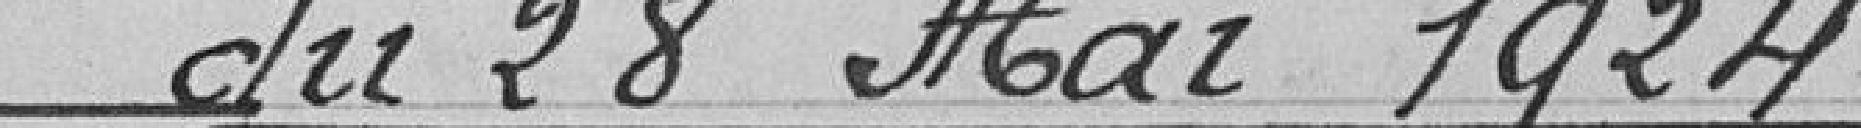
du 28 mai 1924